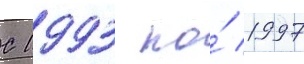
С 1993 по́ 1997